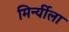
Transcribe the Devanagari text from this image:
मिर्न्यीला